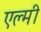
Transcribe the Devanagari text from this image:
एल्मी